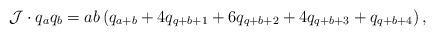
LaTeX: \begin{align*}\mathcal{J}\cdot q_aq_b=ab\left(q_{a+b}+4q_{q+b+1}+6q_{q+b+2}+4q_{q+b+3}+q_{q+b+4}\right),\end{align*}